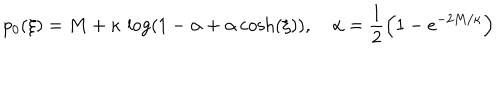
p _ { 0 } ( \xi ) = M + \kappa \, \log \left( 1 - \alpha + \alpha \, { \cosh } ( \xi ) \right) , \quad \alpha = \frac 1 2 \left( 1 - e ^ { - 2 M / \kappa } \right)